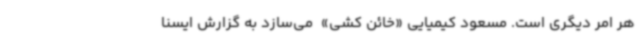
هر امر دیگری است. مسعود کیمیایی «خائن کشی»  می‌سازد به گزارش ایسنا